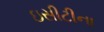
ઇસીટીના